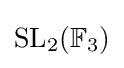
\operatorname {SL} _{2}(\mathbb {F} _{3})